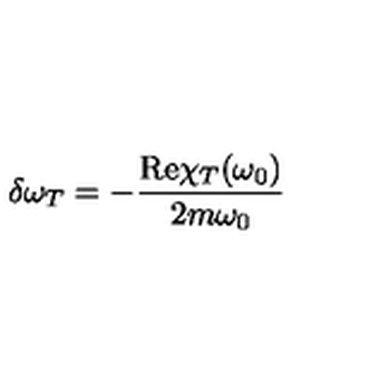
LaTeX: \delta \omega _ { T } = - \frac { \mathrm { R e } \chi _ { T } ( \omega _ { 0 } ) } { 2 m \omega _ { 0 } }